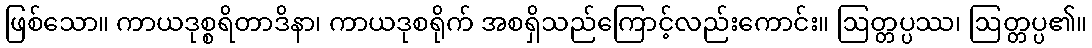
ဖြစ်သော။ ကာယဒုစ္စရိတာဒိနာ၊ ကာယဒုစရိုက် အစရှိသည်ကြောင့်လည်းကောင်း။ ဩတ္တပ္ပဿ၊ ဩတ္တပ္ပ၏။